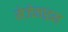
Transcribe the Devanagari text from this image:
मेजेनाइन